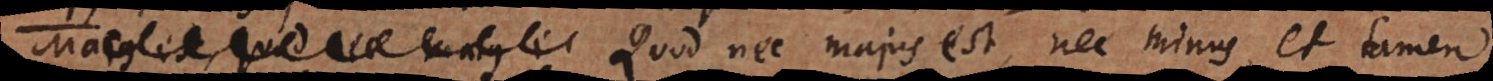
s dicitur. Quod nec majus est, nec minus, et tamen